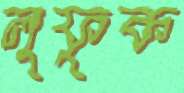
লুফুক